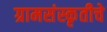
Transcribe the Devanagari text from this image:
ग्रामसंस्कृतीचे